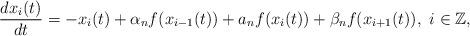
LaTeX: \begin{align*}\frac{dx_i(t)}{dt} =-x_i(t)+\alpha_n f(x_{i-1}(t))+a_nf(x_{i}(t))+\beta_n f(x_{i+1}(t)),\,\,i\in\mathbb{Z},\end{align*}